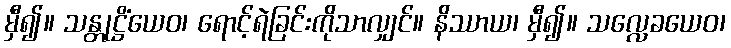
မှီ၍။ သန္တုဋ္ဌိံယေဝ၊ ရောင့်ရဲခြင်းကိုသာလျှင်။ နိဿာယ၊ မှီ၍။ သလ္လေခယေဝ၊